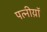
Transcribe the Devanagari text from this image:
पत्नीय़ॉ